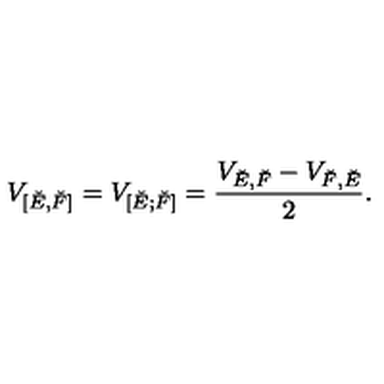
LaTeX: V _ { [ \check { E } , \check { F } ] } = V _ { [ \check { E } ; \check { F } ] } = \frac { V _ { \check { E } , \check { F } } - V _ { \check { F } , \check { E } } } { 2 } .